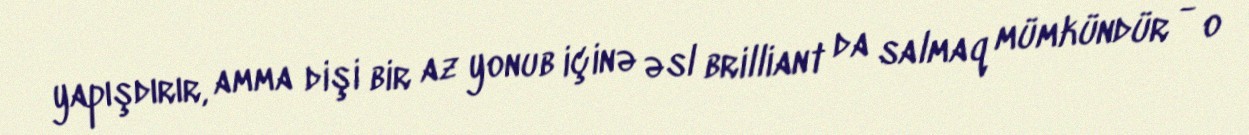
yapışdırır, amma dişi bir az yonub içinə əsl brilliant da salmaq mümkündür - o